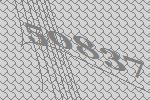
50837